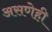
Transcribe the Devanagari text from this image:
असणेही